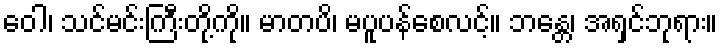
ဝေါ၊ သင်မင်းကြီးတို့ကို။ မာတပိ၊ မပူပန်စေလင့်။ ဘန္တေ၊ အရှင်ဘုရား။